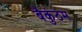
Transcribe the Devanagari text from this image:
बैकुंठम